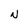
Character: N